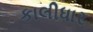
કાલીધાર